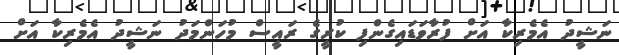
ނަޝީދު އެމެރިކާ އަށް ފުރާވަޑައިގެންފި ކުރީގެ ރައީސް މުހަންމަދު ނަޝީދު އެމެރިކާ އަށް